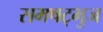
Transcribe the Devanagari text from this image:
समषट्भुज